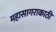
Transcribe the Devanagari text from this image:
महासागराकाठी